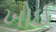
ખોઈ